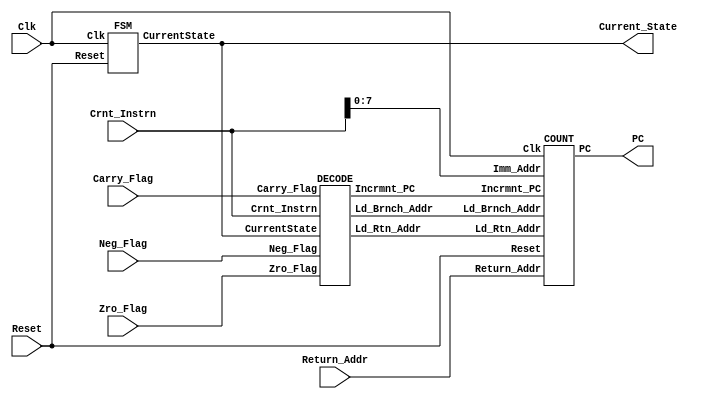
`define   RESET_STATE  3'b000 
`define   FETCH_INSTR  3'b001
`define   READ_OPS     3'b010
`define   EXECUTE      3'b011
`define   WRITEBACK    3'b100

module TOP(Clk, Reset, Crnt_Instrn, Zro_Flag, Carry_Flag, Neg_Flag, Return_Addr, Current_State, PC);
        input                   Clk;
        input                   Reset;
        input   [31:0]  Crnt_Instrn;            // Current Executing Inst
        input           Zro_Flag, Carry_Flag, Neg_Flag; // Flags from ALU or Stack
        input   [7:0]   Return_Addr;
        output  [2:0]   Current_State;          // CurrentState from Control FSM 
        output  [7:0]   PC;     // Program Count

        wire                    Incrmnt_PC, Ld_Brnch_Addr, Ld_Rtn_Addr;
        wire    [2:0]   CurrentState;

        FSM     I_FSM (
                .Clk(Clk),
                .Reset(Reset),
                .CurrentState(CurrentState)
        );


        DECODE  I_DECODE (
                .Zro_Flag(Zro_Flag),
                .Carry_Flag(Carry_Flag),
                .Neg_Flag(Neg_Flag),
                .CurrentState(CurrentState),
                .Crnt_Instrn(Crnt_Instrn),
                .Incrmnt_PC(Incrmnt_PC),
                .Ld_Brnch_Addr(Ld_Brnch_Addr),
                .Ld_Rtn_Addr(Ld_Rtn_Addr)
        );


        COUNT   I_COUNT (
                .Reset(Reset),
                .Clk(Clk),
                .Incrmnt_PC(Incrmnt_PC),
                .Ld_Brnch_Addr(Ld_Brnch_Addr),
                .Ld_Rtn_Addr(Ld_Rtn_Addr),
                .Imm_Addr(Crnt_Instrn[7:0]),
                .Return_Addr(Return_Addr),
                .PC(PC)
        );


        assign  Current_State   = CurrentState;

endmodule


module FSM(Clk, Reset, CurrentState);

        input                   Clk, Reset;     // CPU Clock
                                                // CPU Reset
        output  [2:0] CurrentState;     // Current State of FSM

        reg [2:0]       Current_State, Next_State;

        always @(Reset or Current_State) begin
                case (Current_State)
                `RESET_STATE: begin
                        Next_State      <= `FETCH_INSTR;
                end
                `FETCH_INSTR: begin
                        Next_State      <= `READ_OPS;
                end
                `READ_OPS: begin
                        Next_State      <= `EXECUTE;
                end
                `EXECUTE: begin
                        Next_State      <= `WRITEBACK;
                end
                `WRITEBACK: begin
                        Next_State      <= `FETCH_INSTR;
                end
default : begin
Next_State <= `RESET_STATE;
end
                endcase
        end


        always @( posedge Clk) begin
                if (Reset == 1'b1) begin
                        Current_State   <= `RESET_STATE;
                end else begin
                        Current_State   <= Next_State;
                end
        end


        assign  CurrentState    = Current_State;

endmodule




module DECODE(Zro_Flag, Carry_Flag, Neg_Flag, CurrentState, Crnt_Instrn, Incrmnt_PC, Ld_Brnch_Addr, Ld_Rtn_Addr);
        input                   Zro_Flag, Carry_Flag, Neg_Flag; // "Zero" Flag from DATA_PATH
                                                                // "Carry" Flag from DATA_PATH
                                                                // "Negative" Flag from DATA_PATH


        input [2:0]     CurrentState;                           // CurrentState from FSM


        input   [31:0]  Crnt_Instrn;                            // Current instruction under execution
                                                                // from Instruction Latch


        output                  Incrmnt_PC, Ld_Brnch_Addr, Ld_Rtn_Addr; // Increments PC (in WRITEBACK cycle)
        reg                     Incrmnt_PC;                     // appended automatically by vhdl2verilog.

        // Load Immediate add from Instrn Latch 
        // into PC (in WRITEBACK cycle)
        // Load Return addr from Stack into PC (in WRITEBACK cycle)

        reg                     Brnch_Addr, Rtn_Addr, Take_Branch;
        reg                     Neg, Carry, Zro, Jmp;

        always @(Take_Branch or CurrentState or Crnt_Instrn or Zro_Flag or Carry_Flag or Neg_Flag or Brnch_Addr or Rtn_Addr) begin


                Brnch_Addr      <= 1'b0;
                Rtn_Addr        <= 1'b0;

                //  Determine if Jmp on False or Jmp on True
                if ((Crnt_Instrn[25]) == 1'b1) begin
                        Neg     =  ~Neg_Flag;
                        Carry   =  ~Carry_Flag;
                        Zro     =  ~Zro_Flag;
                        Jmp     = 1'b0;
                end else begin
                        Neg     = Neg_Flag;
                        Carry   = Carry_Flag;
                        Zro     = Zro_Flag;
                        Jmp     = 1'b1;
                end


                //  Determines which of the CONDITIONs needs to be checked and whether to jmp
                if (Crnt_Instrn[23:16] == 8'b00000000) begin
                        Take_Branch     <= Neg;
                end else if (Crnt_Instrn[23:16] == 8'b00000001) begin
                        Take_Branch     <= Zro;
                end else if (Crnt_Instrn[23:16] == 8'b00000010) begin
                        Take_Branch     <= Carry;
                end else if (Crnt_Instrn[23:16] == 8'b00111111) begin
                        Take_Branch     <= Jmp;
                end else begin
                        Take_Branch     <= 1'b0;
                end


                case (CurrentState)
                `WRITEBACK: begin
                        if (Crnt_Instrn[31:30] == 2'b00) begin
                                // For Jmp/Call with condition check
                                if ((Crnt_Instrn[29] == 1'b1 || Crnt_Instrn[28] == 1'b1) && Take_Branch == 1'b1) begin
                                        Brnch_Addr      <= 1'b1;
                                end
                                // For Return
                                if (Crnt_Instrn[27] == 1'b1) begin
                                        Rtn_Addr        <= 1'b1;
                                end
                        end
                        // If not Jmping or Rtrning the increment PC
                        if (Rtn_Addr == 1'b1 || Brnch_Addr == 1'b1) begin
                                Incrmnt_PC      <= 1'b0;
                        end else begin
                                Incrmnt_PC      <= 1'b1;
                        end
                end
                default: begin
                        Incrmnt_PC      <= 1'b0;
                end
                endcase
        end


        assign  Ld_Brnch_Addr   = Brnch_Addr;
        assign  Ld_Rtn_Addr     = Rtn_Addr;

endmodule



module COUNT(Reset, Clk, Incrmnt_PC, Ld_Brnch_Addr, Ld_Rtn_Addr, Imm_Addr, Return_Addr, PC);
        input                   Reset, Clk, Incrmnt_PC, Ld_Brnch_Addr, Ld_Rtn_Addr;     // Reset for the PC
                                                                                        // CPU Clock
                                                                                        // Increment PC
                                                                                        // Load Jmp/Call Addr from instruction
                                                                                        // Load Return Addr
        input   [7:0]   Imm_Addr, Return_Addr;  // Immediate Addr for Jmp/Call
                                                // Return addr from Stack

        output  [7:0]   PC;     // Addr of instruction to be fetched in
                                // the next Fetch Cycle

        reg     [7:0]   PCint;

        always @(posedge Clk) begin
                if (Reset == 1'b1) begin
                        PCint   <= 8'b00000000;
                end else if (Incrmnt_PC == 1'b1) begin          // Occurs in WRITEBACK cycle
                        PCint   <= PCint + 3'b001;
                end else if (Ld_Rtn_Addr == 1'b1) begin         // Occurs in WRITEBACK cycle
                        PCint   <= Return_Addr;
                end else if (Ld_Brnch_Addr == 1'b1) begin       // Occurs in WRITEBACK cycle
                        PCint   <= Imm_Addr;
                end
        end


        assign  PC      = PCint;

endmodule